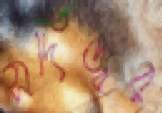
সর্দিজ্বর